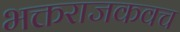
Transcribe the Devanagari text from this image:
भक्तराजकवच